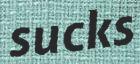
sucks